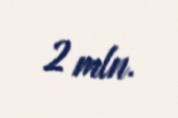
2 mln.